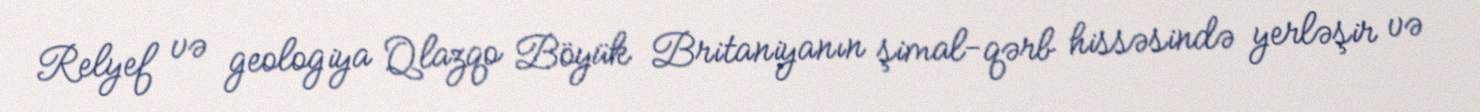
Relyef və geologiya Qlazqo Böyük Britaniyanın şimal-qərb hissəsində yerləşir və